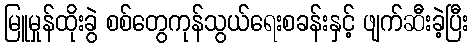
မြူမှုန်ထိုးခွဲ စစ်တွေကုန်သွယ်ရေးစခန်းနှင့် ဖျက်ဆီးခဲ့ပြီး